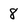
Character: 8